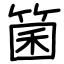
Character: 箘